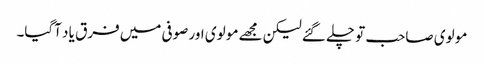
مو لوی صاحب تو چلے گئے لیکن مجھے مو لوی اور صوفی میں فرق یا د آگیا۔